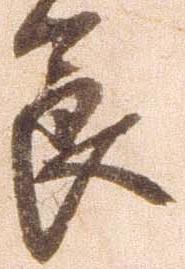
節